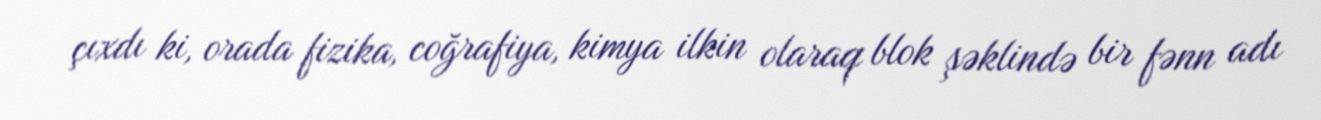
çıxdı ki, orada fizika, coğrafiya, kimya ilkin olaraq blok şəklində bir fənn adı